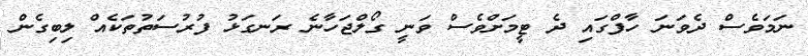
ނަމަވެސް ދެވަނަ ހާފްގައި ދެ ޓީމަށްވެސް ވަނީ ގޯލްޖަހާނެ ރަނގަޅު ފުރުސަތުތަކެއް ލިބިގެން